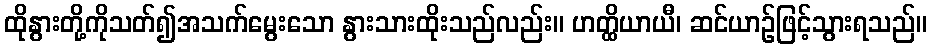
ထိုနွားတို့ကိုသတ်၍အသက်မွေးသော နွားသားထိုးသည်လည်း။ ဟတ္ထိယာယီ၊ ဆင်ယာဉ်ဖြင့်သွားရသည်။